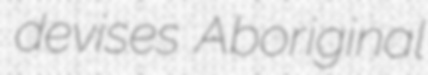
devises Aboriginal